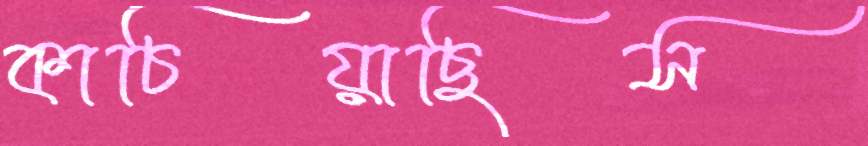
কাচিয়াছিস